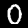
Label: 0